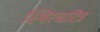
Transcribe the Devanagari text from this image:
स्थिरचरित्र